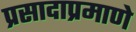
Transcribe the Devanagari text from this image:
प्रसादाप्रमाणे